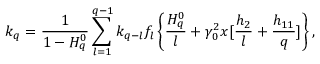
k _ { q } = \frac { 1 } { 1 - H _ { q } ^ { 0 } } \sum _ { l = 1 } ^ { q - 1 } k _ { q - l } f _ { l } \left\{ \frac { H _ { q } ^ { 0 } } { l } + \gamma _ { 0 } ^ { 2 } x [ \frac { h _ { 2 } } { l } + \frac { h _ { 1 1 } } { q } ] \right\} ,